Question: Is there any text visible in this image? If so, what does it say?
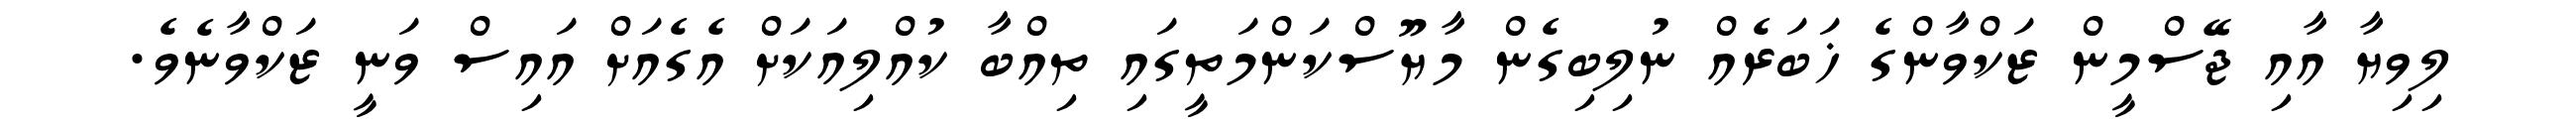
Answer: ލިވިޔާ އާއި ޖޭސްމީން ޒަކްވާންގެ ޚަބަރެއް ނުލިބިގެން މާޔޫސްކަންމަތީގައި ތިއްބާ ކުއްލިއަކަށް އެގެއަށް އައިސް ވަނީ ޒަކްވާނެވެ.